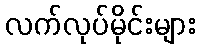
လက်လုပ်မိုင်းများ